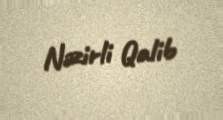
Nəzirli Qalib